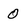
Character: 0